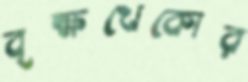
বৃক্ষখেকোর